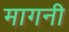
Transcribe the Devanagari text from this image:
मागनी